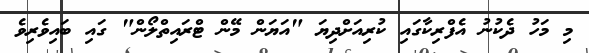
މި މަހު ދެކުނު އެފްރިކާގައި ކުރިއަށްދިޔަ "އަޔަން މޭން ޓްރައިތްލޯން" ގައި ބައިވެރިވެ